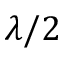
\lambda / 2